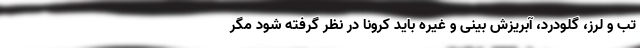
تب و لرز، گلودرد، آبریزش بینی و غیره باید کرونا در نظر گرفته شود مگر